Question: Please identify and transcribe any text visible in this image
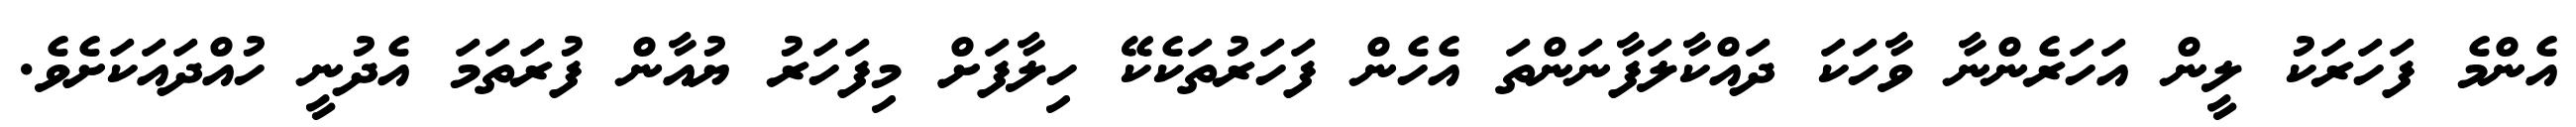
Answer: އެންމެ ފަހަރަކު ލީން އަހަރެންނާ ވާހަކަ ދައްކާލަފާނަންތަ އެހެން ފަހަރުތަކެކޭ ހިލާފަށް މިފަހަރު ޔުއާން ފުރަތަމަ އެދުނީ ހުއްދައަކަށެވެ.